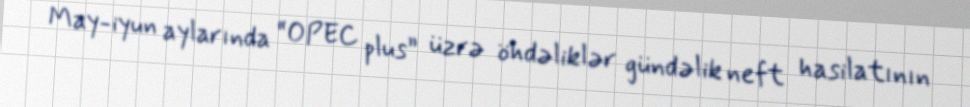
May-iyun aylarında “OPEC plus” üzrə öhdəliklər gündəlik neft hasilatının